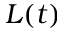
L ( t )